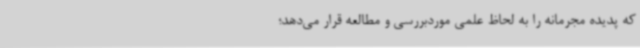
که پدیده مجرمانه را به لحاظ علمی موردبررسی و مطالعه قرار می‌دهد؛